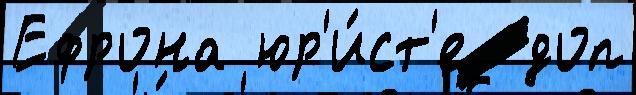
Ефрона юр'и́ст'е  доп